Leaving Certificate Examination (including Day School Certificate (Higher) General paper), 1932
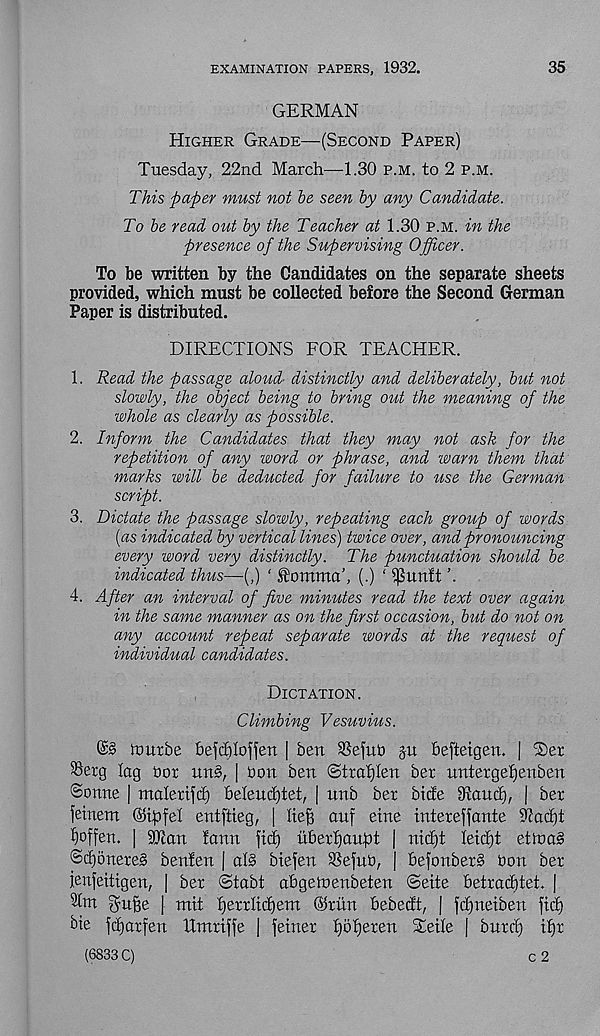
EXAMINATION PAPERS, 1932.
35
GERMAN
Higher Grade—(Second Paper)
Tuesday, 22nd March—1.30 p.m. to 2 p.m.
This paper must not be seen by any Candidate.
To be read out by the Teacher at 1.30 p.m. in the
presence of the Supervising Officer.
To be written by the Candidates on the separate sheets
provided, which must be collected before the Second German
Paper is distributed.
DIRECTIONS FOR TEACHER.
1. Read the passage aloud' distinctly and deliberately, but not
slowly, the object being to bring out the meaning of the
whole as clearly as possible.
2. Inform the Candidates that they may not ask for the
repetition of any word or phrase, and warn them that
marks will be deducted for failure to use the German
script.
3. Dictate the passage slowly, repeating each group of words
[as indicated by vertical lines) twice over, and pronouncing
every word very distinctly. The punctuation should be
indicated thus—(,) ‘ ^omma’, (.) ‘ ^unft ’.
4. After an interval of five minutes read the text over again
in the same manner as on the first occasion, but do not on
any account repeat separate words at the request of
individual candidates.
Dictation.
Climbing Vesuvius.
hmrbe befcfdoffeti | ben SSefub ju befteigen. | ®er
SSerg lag Dor un§, | bon ben ©traljlen ber nntergefjenben
©onne | malerifd) Meud)tet, | unb ber bide 9ftaud), | ber
jetnem ©tpfel entftieg, | lief} auf eine intereffante s Jcacbt
fyoffen. | 9Tan tann fid) itberljaupt | nid)t leidft ettoa§
@d)onere3 benlen | al§ biefen Sefnb, | befonberS bon ber
ienfeitigen, | ber ©tabt abgeinenbeten (Seite betradjtet. |
Sint gu^e | mit fjerrlidfem ©run bebedt, | fd)neiben fid)
bie fd)arfen Umriffe | feiner I)bf)eren %eile j bnrd) if)r
(6833 C)
c 2